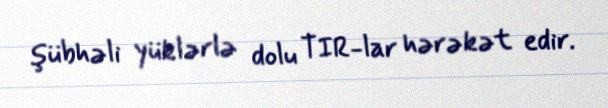
şübhəli yüklərlə dolu TIR-lar hərəkət edir.